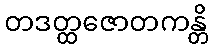
တဒတ္ထဇောတကန္တိ